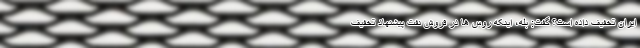
ایران تخفیف داده است؟ گفت: بله، اینکه روس ها در فروش نفت پیشنهاد تخفیف